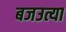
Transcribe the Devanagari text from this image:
बजउत्या